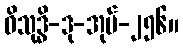
ဝိသုဒ္ဓိ-ဒု-အုပ်-၂၅၆။